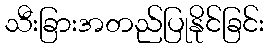
သီးခြားအတည်ပြုနိုင်ခြင်း